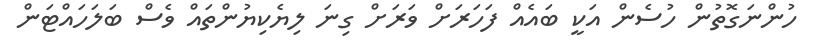
ހުންނަގޮތުން ހުސެން އަކީ ބައެއް ފަހަރަށް ވަރަށް ގިނަ ލިޔެކިޔުންތައް ވެސް ބަލަހައްޓަން